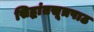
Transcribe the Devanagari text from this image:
सिद्धांतसूत्रपाठ